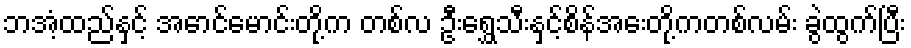
ဘအံ့ထည်နှင့် အောင်မောင်းတို့က တစ်လ ဦးရွှေသီးနှင့်စိန်အေးတို့ကတစ်လမ်း ခွဲထွက်ပြီး